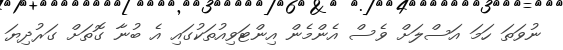
ނުވަތަ ހަމަ އަސްލަށް ވެސް އެންމެން އިންޓަވިއުތަކުގައި އެ ބުނާ ގޮތަށް ގަރުދިޔަ